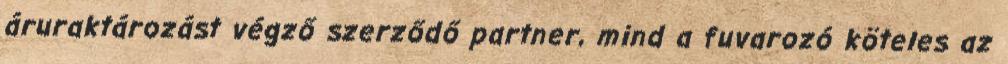
áruraktározást végző szerződő partner, mind a fuvarozó köteles az